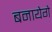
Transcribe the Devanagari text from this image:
बनायेगे